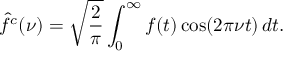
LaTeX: { \hat { f } } ^ { c } ( \nu ) = { \sqrt { \frac { 2 } { \pi } } } \int _ { 0 } ^ { \infty } f ( t ) \cos ( 2 \pi \nu t ) \, d t .